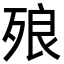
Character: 㱢